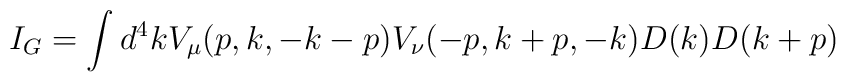
I_G=\int d^4kV_\mu(p,k,-k-p)V_\nu(-p,k+p,-k)D(k)D(k+p)